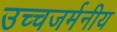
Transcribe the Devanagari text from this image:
उच्चजर्मनीय